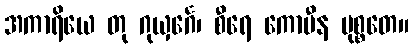
အကာရိယေ တု ဂုယှင်္ဂေ၊ စီရေ ကောပီန မုစ္စတေ။